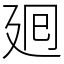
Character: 𢌞